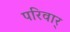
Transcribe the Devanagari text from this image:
परिवार्